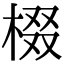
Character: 棳